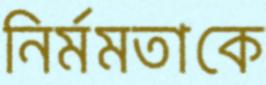
নির্মমতাকে